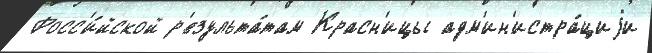
Росс'и́йской р'езульта́там Красн'ицы адм'ин'истра́циjи